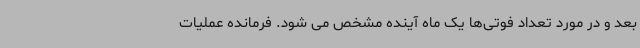
بعد و در مورد تعداد فوتی‌ها یک ماه آینده مشخص می شود. فرمانده عملیات